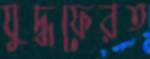
যুদ্ধফেরত